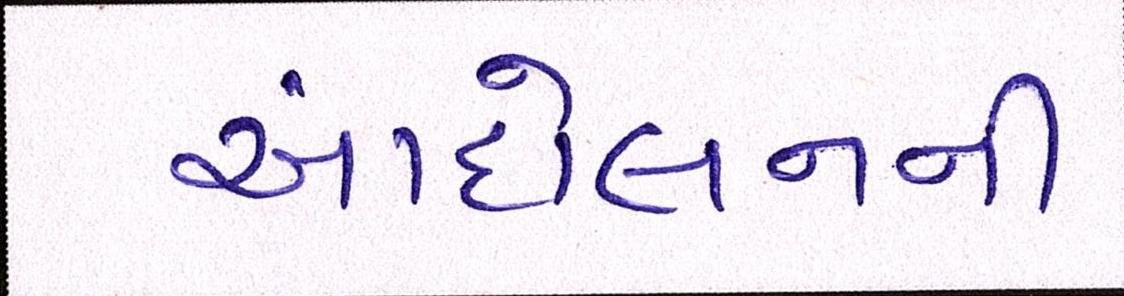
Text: આંદોલનની